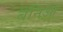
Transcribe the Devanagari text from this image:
बनिआ